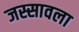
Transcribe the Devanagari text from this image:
जस्सावला